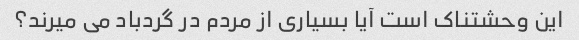
این وحشتناک است آیا بسیاری از مردم در گردباد می میرند؟